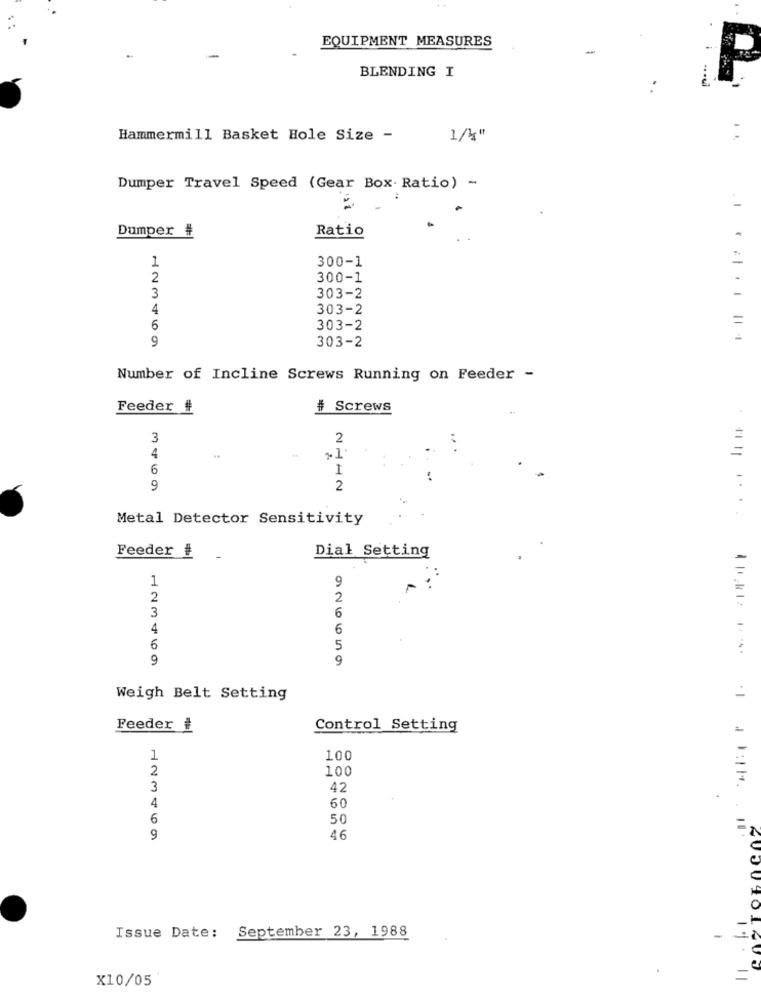
EQUIPMENT MEASURES
BLENDING I
Hammermill Basket Hole Size -
Dumper Travel Speed (Gear Box Ratio) -
" 1
Dumper #
Ratio
300-1
1
2
300-1
3
303-2
4
303-2
6
303-2
9
303-2
Number of Incline Screws Running on Feeder -
Feeder #
# Screws
3
2
4
6
1
9
2
Metal Detector Sensitivity
Feeder #
Dial Setting
-
1
9
2
2
3
6
4
6
6
5
9
9
Weigh Belt Setting
Feeder ₺
Control Setting
1
100
2
100
3
42
4
60
6
50
9
46
Issue Date: September 23, 1988
-
ABER | ETH. 80001016
11.1
=
X10/05